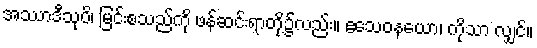
အဿာဒီသုပိ၊ မြင်းစသည်ကို ဖန်ဆင်းရာတို့၌လည်း။ ဧသေဝနယော၊ ကိုသာ လျှင်။